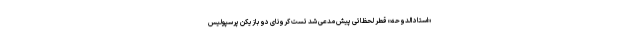
«استاد الدوحه» قطر لحظاتی پیش مدعی شد تست کرونای دو بازیکن پرسپولیس